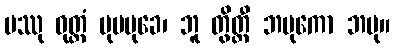
မဿု ဝုတ္တံ ပုမမုခေ၊ ဘူ တွိတ္ထီ ဘမုကော ဘမု။